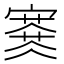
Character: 𡫜